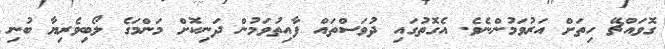
ގޮވައްޗޭ ހިތަށް އަރުވަމުންނެވެ. އެގޮތުގައި ދުވަސްތައް ފާއިތުވަމުން ދަނިކޮށް މަންމަގެ ލޯބިވެރިޔާ ބުނި